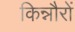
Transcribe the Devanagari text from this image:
किन्नौरों